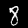
Digit: 8